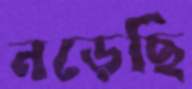
নড়েছি